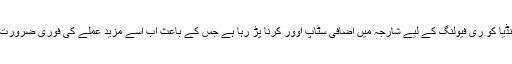
ائیر انڈیا کو ری فیولنگ کے لیے شارجہ میں اضافی سٹاپ اوور کرنا پڑ رہا ہے جس کے باعث اب اسے مزید عملے کی فوری ضرورت ہے۔